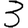
Digit: 3